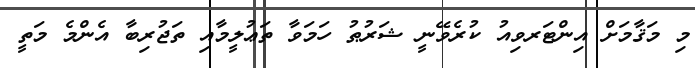
މި މަޤާމަށް އިންޓަރވިއު ކުރެވޭނީ ޝަރުޠު ހަމަވާ ތަޢުލީމާއި ތަޖުރިބާ އެންމެ މަތީ